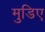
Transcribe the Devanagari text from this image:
मुडिए